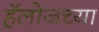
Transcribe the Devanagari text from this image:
हॅलोजच्या